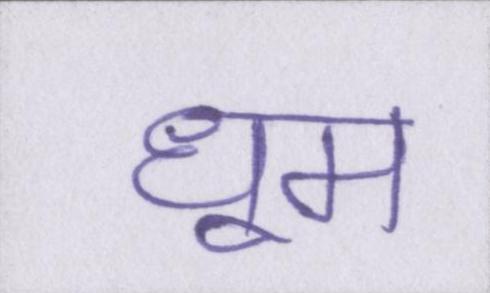
धूम